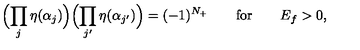
\Bigl ( \prod _ { j } \eta ( \alpha _ { j } ) \Bigr ) \Bigl ( \prod _ { j ^ { \prime } } \eta ( \alpha _ { j ^ { \prime } } ) \Bigr ) = ( - 1 ) ^ { N _ { + } } \qquad \mathrm { f o r } \qquad E _ { f } > 0 ,